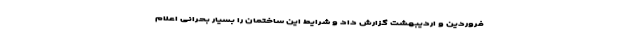
فروردین و اردیبهشت گزارش داد و شرایط این ساختمان را بسیار بحرانی اعلام